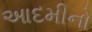
આદમીનો